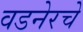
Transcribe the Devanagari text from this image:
वडनेरचे